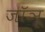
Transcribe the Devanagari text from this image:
जॉञू